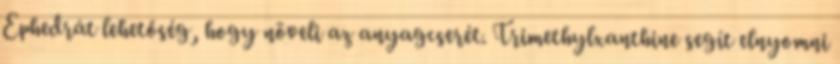
Ephedrát lehetőség, hogy növeli az anyagcserét. Trimethylxanthine segít elnyomni